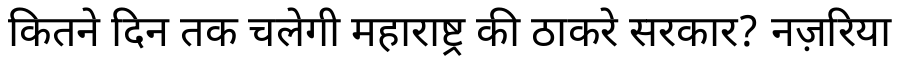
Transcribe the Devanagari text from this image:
कितने दिन तक चलेगी महाराष्ट्र की ठाकरे सरकार? नज़रिया